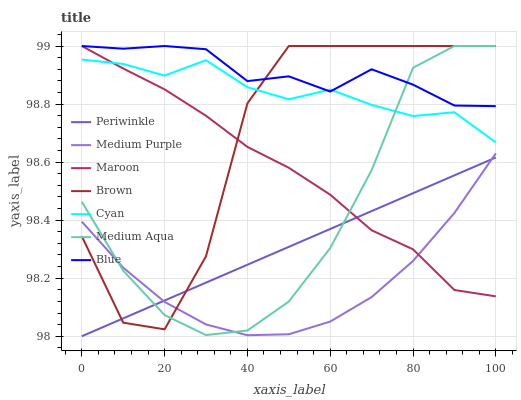
| xaxis_label | Periwinkle | Medium Purple | Maroon | Brown | Cyan | Medium Aqua | Blue |
 | --- | --- | --- | --- | --- | --- | --- | --- |
 | 0 | 98 | 98.4 | 99 | 98.3 | 99 | 98.5 | 99 |
 | 10 | 98.1 | 98.2 | 98.9 | 98 | 98.9 | 98.2 | 99 |
 | 20 | 98.1 | 98.1 | 98.9 | 98 | 98.9 | 98.1 | 99 |
 | 30 | 98.2 | 98 | 98.8 | 98.3 | 99 | 98 | 99 |
 | 40 | 98.2 | 98 | 98.7 | 98.8 | 98.9 | 98 | 98.9 |
 | 50 | 98.3 | 98 | 98.6 | 99 | 98.8 | 98.1 | 98.9 |
 | 60 | 98.4 | 98.1 | 98.5 | 99 | 98.9 | 98.3 | 98.8 |
 | 70 | 98.4 | 98.1 | 98.4 | 99 | 98.8 | 98.6 | 98.9 |
 | 80 | 98.5 | 98.3 | 98.3 | 99 | 98.8 | 98.9 | 98.9 |
 | 90 | 98.6 | 98.4 | 98.2 | 99 | 98.8 | 99 | 98.8 |
 | 100 | 98.6 | 98.6 | 98.1 | 99 | 98.7 | 99 | 98.8 |